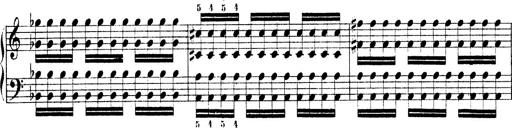
Title: Technische Studien
Composer: Franz Liszt